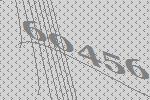
60456